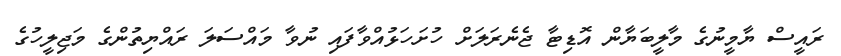
ރައީސް ޔާމީނުގެ މާލީބަޔާން އޮޑިޓާ ޖެނެރަލަށް ހުށަހަޅުއްވާފައި ނުވާ މައްސަލަ ރައްޔިތުންގެ މަޖިލީހުގެ